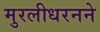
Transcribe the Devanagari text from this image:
मुरलीधरनने